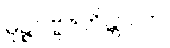
မုဉ္ဇပဗ္ဗဇဟိန္တာလာ